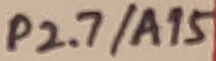
Text: P2.7/A15